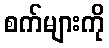
စက်များကို